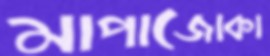
মাপাজোকা